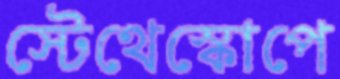
স্টেথেস্কোপে